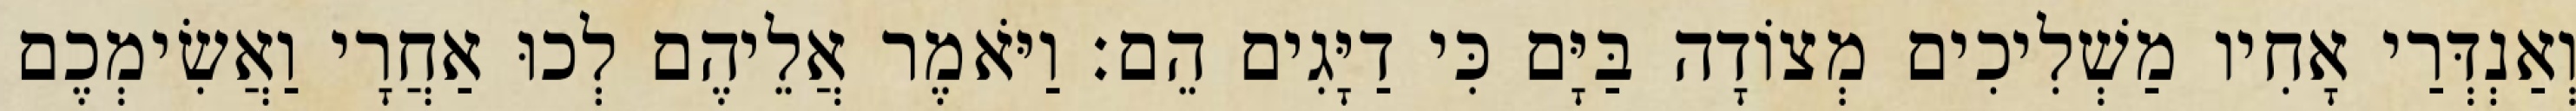
וְאַנְדְּרַי אָחִיו מַשְׁלִיכִים מְצוֹדָה בַּיָּם כִּי דַיָּגִים הֵם׃ וַיֹּאמֶר אֲלֵיהֶם לְכוּ אַחֲרָי וַאֲשִׂימְכֶם